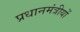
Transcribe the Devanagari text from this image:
प्रधानमंत्रीयों